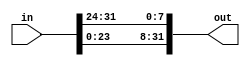
module top_module( 
    input [31:0] in,
    output [31:0] out );

    // Insert your code here
    // assign out[31:24] = ...;

    assign out[31:24] = in[23:16];
    assign out[23:16] = in[15:8];
    assign out[15:8] = in[7:0];
    assign out[7:0] = in[31:24];

endmodule